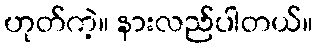
ဟုတ်ကဲ့။ နားလည်ပါတယ်။